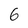
Character: 6